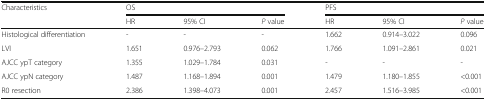
<table><thead><tr><td rowspan="2"><b>Characteristics</b></td><td colspan="3"><b>OS</b></td><td colspan="3"><b>PFS</b></td></tr><tr><td><b>HR</b></td><td><b>95% CI</b></td><td><b><i>P</i> value</b></td><td><b>HR</b></td><td><b>95% CI</b></td><td><b><i>P</i> value</b></td></tr></thead><tbody><tr><td>Histological differentiation</td><td>-</td><td>-</td><td>-</td><td>1.662</td><td>0.914–3.022</td><td>0.096</td></tr><tr><td>LVI</td><td>1.651</td><td>0.976–2.793</td><td>0.062</td><td>1.766</td><td>1.091–2.861</td><td>0.021</td></tr><tr><td>AJCC ypT category</td><td>1.355</td><td>1.029–1.784</td><td>0.031</td><td>-</td><td>-</td><td>-</td></tr><tr><td>AJCC ypN category</td><td>1.487</td><td>1.168–1.894</td><td>0.001</td><td>1.479</td><td>1.180–1.855</td><td>&lt;0.001</td></tr><tr><td>R0 resection</td><td>2.386</td><td>1.398–4.073</td><td>0.001</td><td>2.457</td><td>1.516–3.985</td><td>&lt;0.001</td></tr></tbody></table>